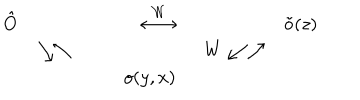
LaTeX: \begin{array} { r l r l r l } { { \hat { O } } } & { { } } & { { \stackrel { \cal W } { \longleftrightarrow } } } & { { ~ } } & { { \tilde { o } ( z ) \nonumber } } \\ { { } } & { { \searrow \nwarrow } } & { { } } & { { ~ ~ W \swarrow \nearrow } } & { { \nonumber } } \\ { { } } & { { } } & { { ~ o ( y , x ) } } & { { } } & { { } } \\ \end{array}